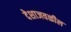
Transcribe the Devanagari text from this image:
देशाजवळील